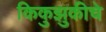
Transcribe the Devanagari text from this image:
किकुझुकीचे